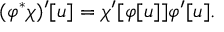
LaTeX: ( \varphi ^ { * } \chi ) ^ { \prime } [ u ] = \chi ^ { \prime } [ \varphi [ u ] ] \varphi ^ { \prime } [ u ] .